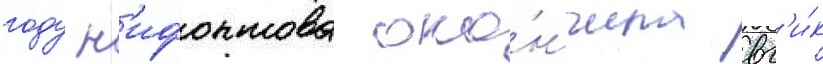
году н'ифонтова око́нчила вг'и́к